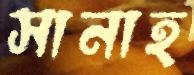
সানাহ